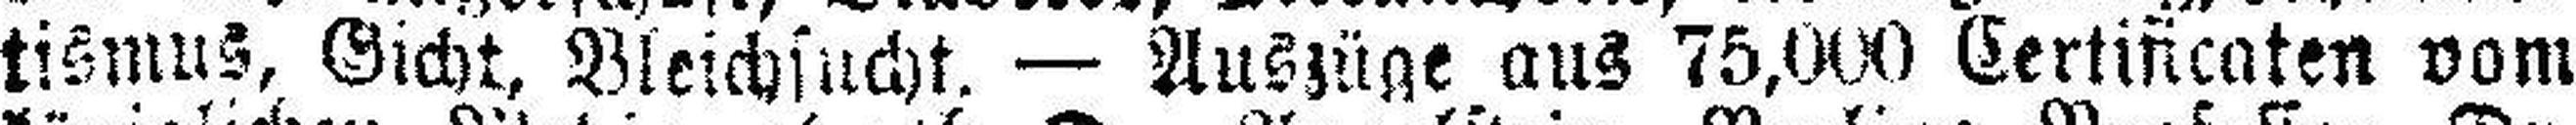
tismus, Gicht, Bleichsucht. — Auszüge aus 75,000 Certificaten vom